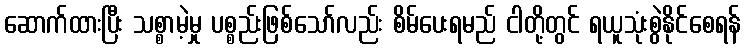
ဆောက်ထားပြီး သစ္စာမဲ့မှု ပစ္စည်းဖြစ်သော်လည်း စိမ်ပေးရမည် ငါတို့တွင် ရယူသုံးစွဲနိုင်စေရန်